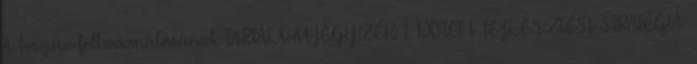
A biogáz felhasználásának TARTALOMJEGYZÉK 1. KÖTET I. FEJLESZTÉSI STRATÉGIA.